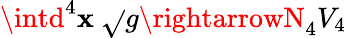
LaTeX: \intd^{4}\mathbf{x}\ \sqrt{}{{g}}\rightarrowN_{4}V_{4}